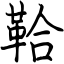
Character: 鞈